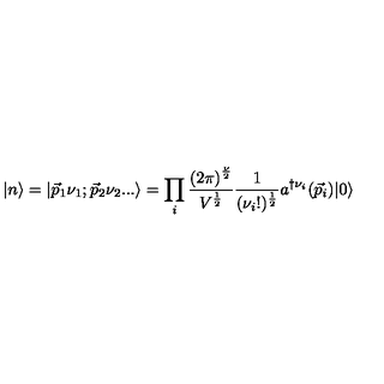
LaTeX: | n \rangle = | { \vec { p } } _ { 1 } \nu _ { 1 } ; { \vec { p } } _ { 2 } \nu _ { 2 } . . . \rangle = \prod _ { i } { \frac { { ( 2 \pi ) } ^ { \frac { \nu } { 2 } } } { V ^ { \frac { 1 } { 2 } } } } { \frac { 1 } { ( \nu _ { i } ! ) ^ { \frac { 1 } { 2 } } } } a ^ { \dag \nu _ { i } } ( { \vec { p } } _ { i } ) | 0 \rangle